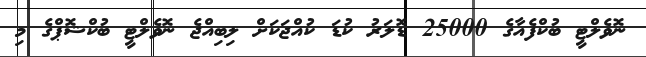
ނޮވެލްޓީ ބުކްފެއާގެ 25000 ޑޮލަރު ކުޑަ ކުއްޖަކަށް ލިބިއްޖެ ނޮވެލްޓީ ބުކްޝޮޕްގެ މި